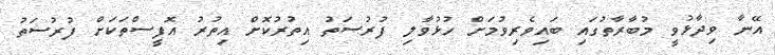
އޭނާ ވިދާޅުވީ މުބާރާތުގައި ބައިވެރިވުމަށް ހުޅުވާލި ފުރުސަތު އިތުރުކޮށް އިތުރު އޮފީސްތަކަށް ފުރުސަތު